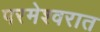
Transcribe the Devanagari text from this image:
परमेश्वरात